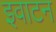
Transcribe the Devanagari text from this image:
इवाटन